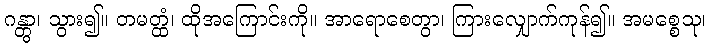
ဂန္တွာ၊ သွား၍။ တမတ္ထံ၊ ထိုအကြောင်းကို။ အာရောစေတွာ၊ ကြားလျှောက်ကုန်၍။ အမစ္စေသု၊